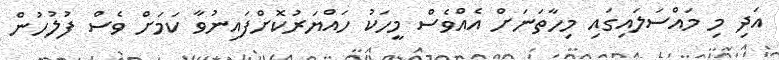
އަދި މި މައްސަލައިގައި މިހާތަނަށް އެއްވެސް މީހަކު ހައްޔަރުކޮށްފައިނުވާ ކަމަށް ވެސް ފުލުހުން